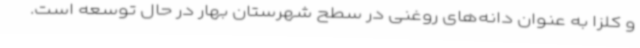
و کلزا به عنوان دانه‌های روغنی در سطح شهرستان بهار در حال توسعه است.